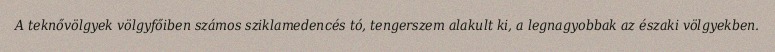
A teknővölgyek völgyfőiben számos sziklamedencés tó, tengerszem alakult ki, a legnagyobbak az északi völgyekben.